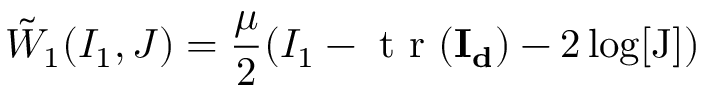
\Tilde { W } _ { 1 } ( I _ { 1 } , J ) = \frac { \mu } { 2 } ( I _ { 1 } - \mathrm { ~ t ~ r ~ } ( \mathbf { I _ { d } } ) - 2 \log [ \mathrm { J } ] )